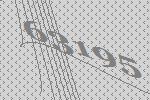
63195